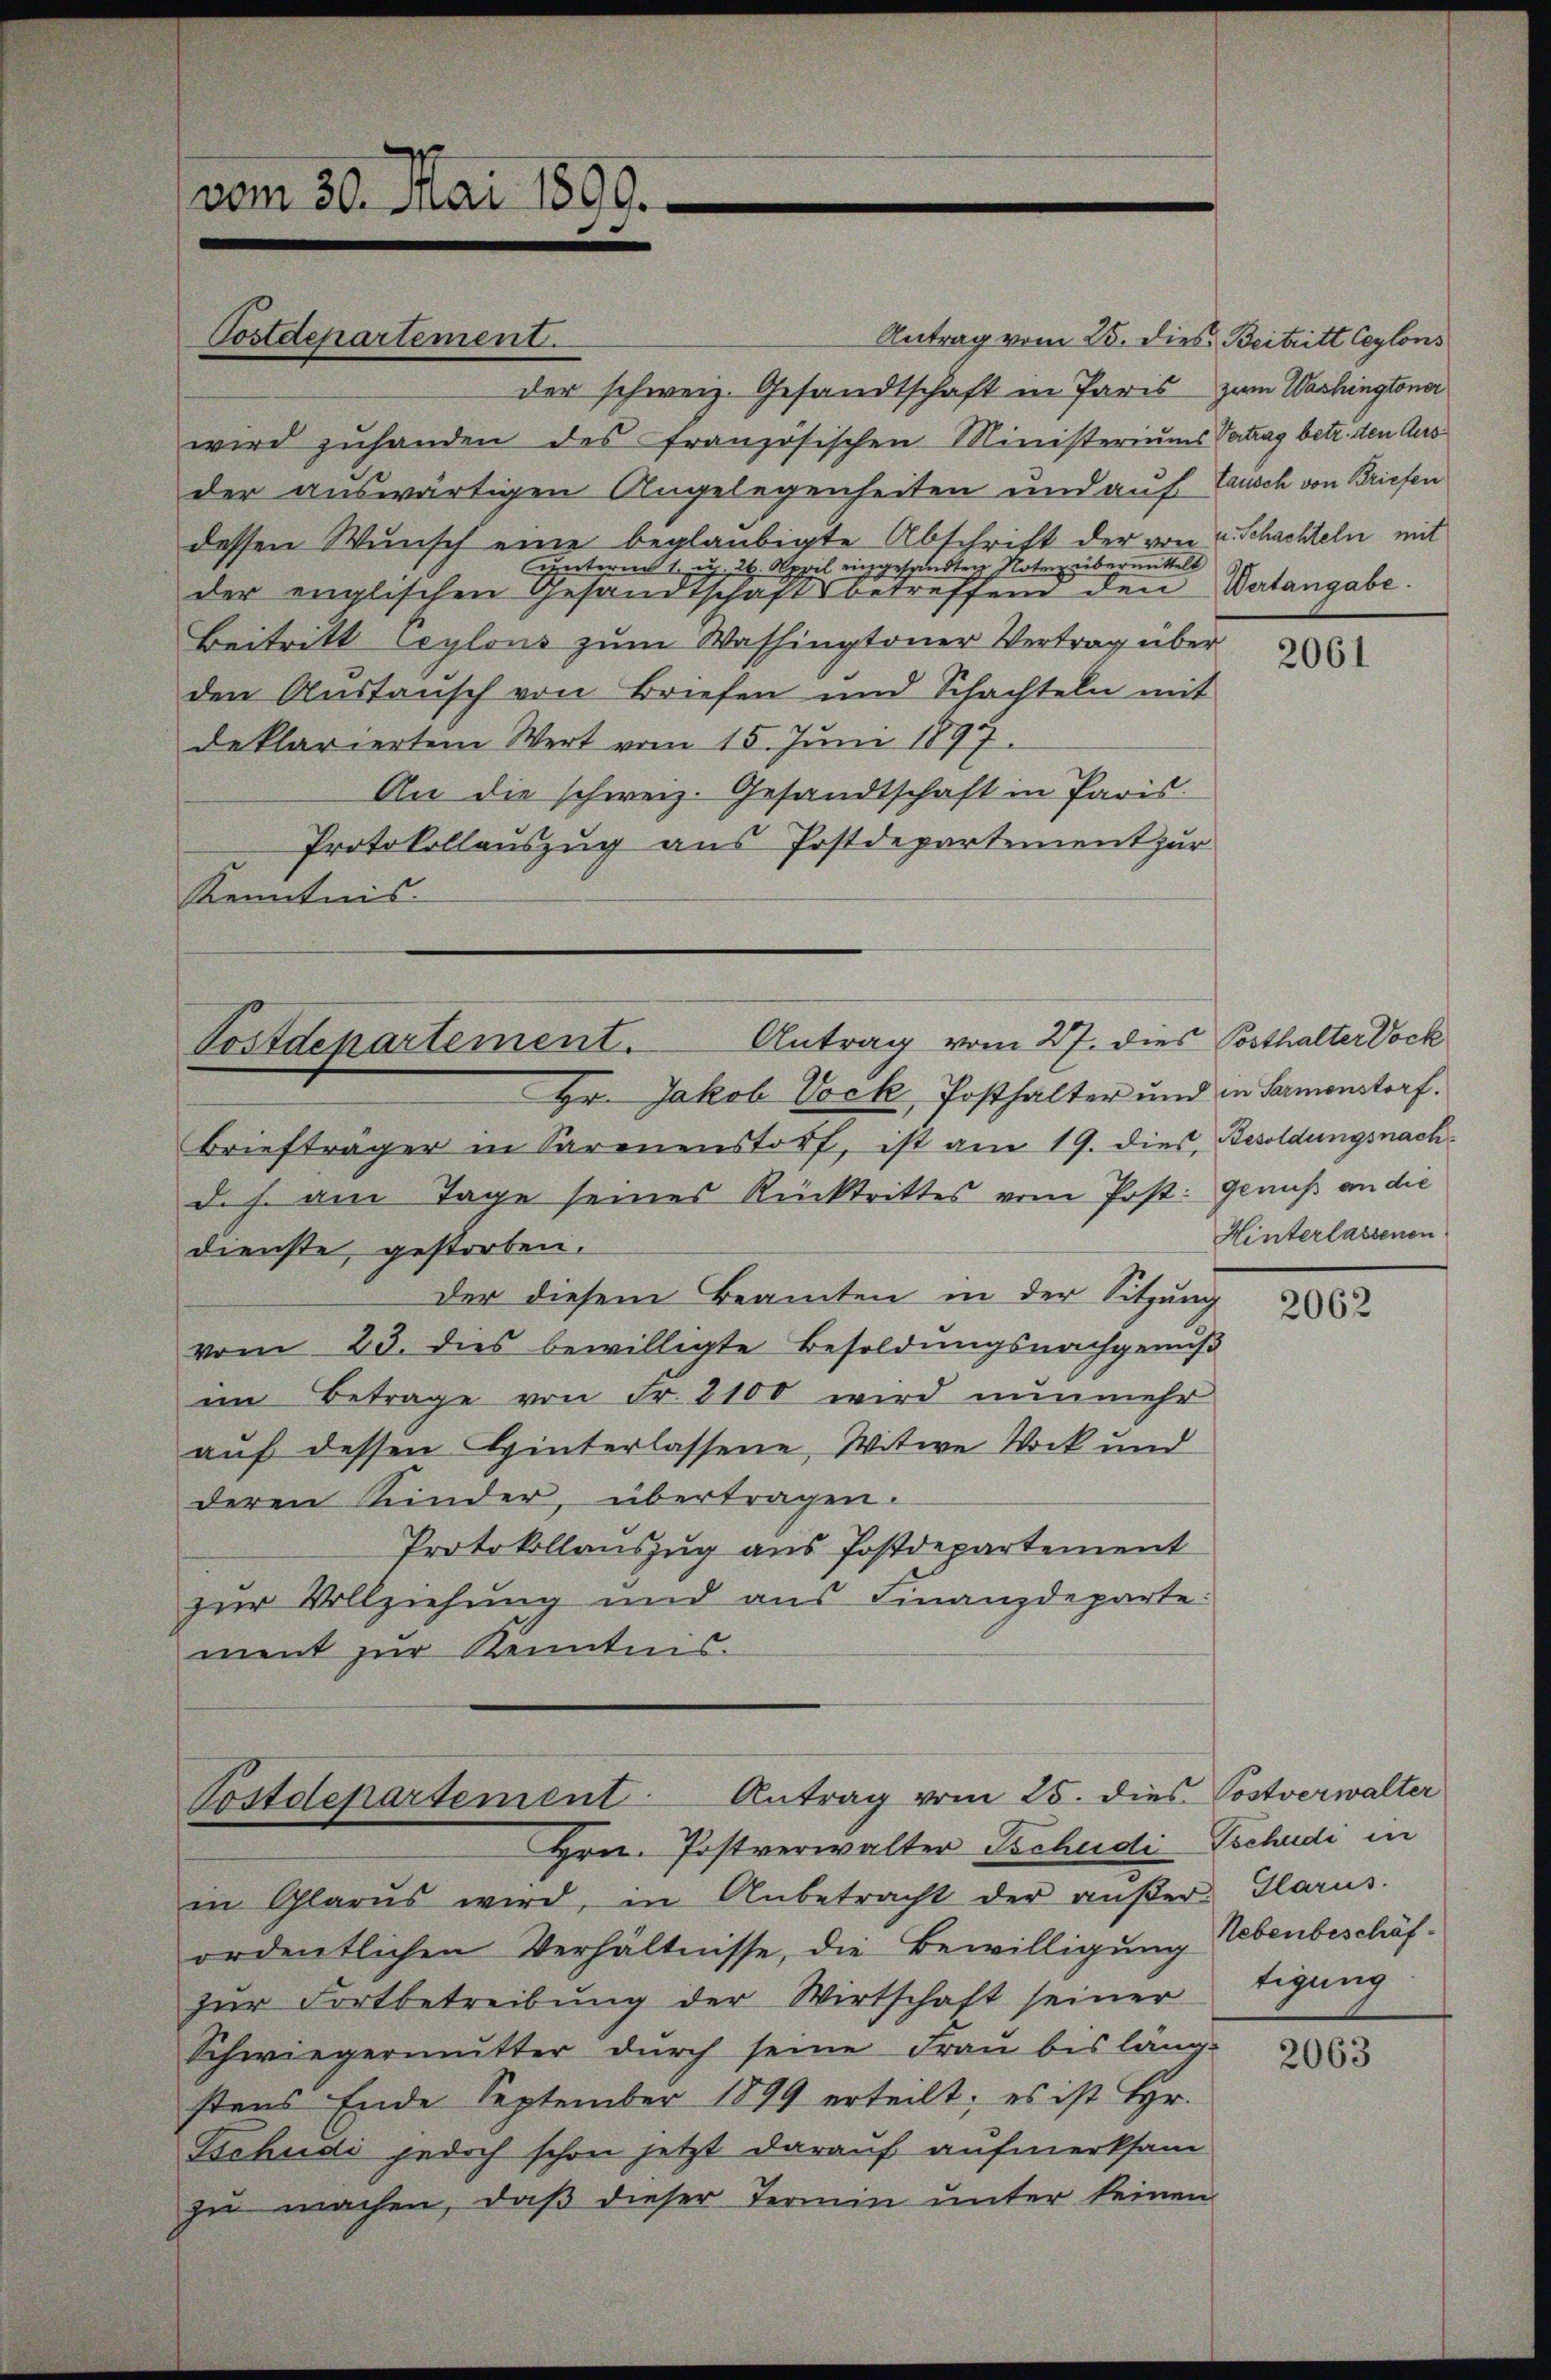
vom 30. Mai 1890.

Antrag vom 25. dies Beitritt Ceylons
der schweiz. Gesandtschaft in Paris zum Washingtoner
wird zuhanden des französischen Ministeriums Vertrag betr. den Ausder auswärtigen Angelegenheiten und auf Tausch von Briefen
dessen Wunsch eine beglaubigte Abschrift der von u. Schachteln mit
unterm 12. Appel eingesandten Noter übermittelt
der englischen Gesandtschaftsbetreffend den Vatangabe.
Beitritt Ceylons zŭm Washingtoner Vertrag über
den Austausch von Briefen und Schachteln mit
deklariertem Wert vom 15. Juni 1897.
An die schweiz. Gesandtschaft in Paris.
Protokollauszug aus Postdepartement zur
Kenntnis.

Postdepartement.

Postdepartement. Antrag vom 27. dies Posthalter Dock

Postdepartement Antrag vom 25. dies Postverwalter
Hrn. Postverwalter Tschudi Tschudi in

Hr. Jakob Vock, Posthalter und in Sarmenstorf.
Briefträger in Sarenenstorf, ist am 19. dies Besoldungsnachdes. am Tage seines Rücktrittes vom Post: Genuß an die
dienste, gestorben.
der diesem Beamten in der Sitzung
vom 23. dies bewilligte Besoldungsnachgenuß
im Betrage von Fr. 2100 wird nunmehr
auf dessen Hinterlassene, Witwe Wock und
deren Kinder, übertragen.
Protokollauszug aus Postdepartement
zur Vollziehung und aus Finanzdeparte:
ment zur Kenntnis.

in Glarus wird, in Anbetracht der aŭβer Glarus.
ordentlichen Verhältnisse, die Bewilligung lebenbeschäf-
zŭr Fortbetreibŭng der Wirtschaft seiner
Schwiegermutter durch seine Frau bis läng-
stens Ende September 1899 erteilt; es ist Hr.
Tschudi jedoch schon jetzt darauf aufmerksam
zu machen, daß dieser Termin unter keinen

2061

Hinterlassenen

2062

tigung

2063